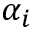
\alpha _ { i }